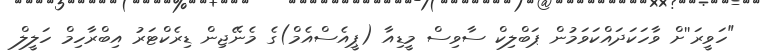
"ހަވީރަ''ށް ވާހަކަދައްކަވަމުން ޕަބްލިކް ސާވިސް މީޑިއާ (ޕީއެސްއެމް)ގެ މެނޭޖިން ޑިރެކްޓަރު އިބްރާހިމް ހަލީލް